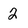
Character: 2